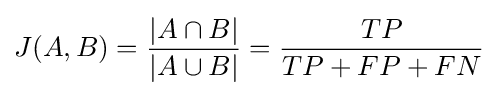
J(A,B)={\frac {|A\cap B|}{|A\cup B|}}={\frac {TP}{TP+FP+FN}}